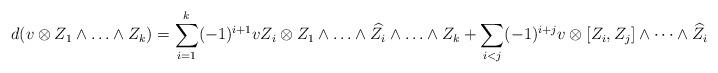
LaTeX: \begin{align*}d(v \otimes Z_1 \wedge \ldots \wedge Z_k) = \sum_{i = 1}^k (-1)^{i + 1} vZ_i \otimes Z_1 \wedge \ldots \wedge \widehat{Z_i} \wedge \ldots \wedge Z_k+ \sum_{i<j} (-1)^{i+j} v \otimes [Z_i,Z_j] \wedge \cdots \wedge \widehat{Z}_i \wedge \cdots \wedge \widehat{Z}_j \cdots \wedge Z_k,\end{align*}